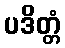
ပဒိတ္တံ